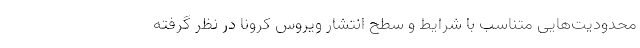
محدودیت‌هایی متناسب با شرایط و سطح انتشار ویروس کرونا در نظر گرفته